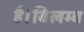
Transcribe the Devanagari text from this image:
है।विलम्ब